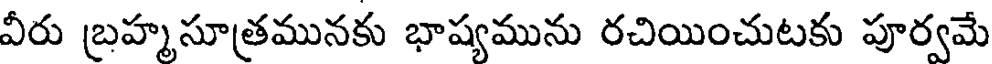
వీరు బ్రహ్మసూత్రమునకు భాష్యమును రచియించుటకు పూర్వమే